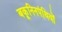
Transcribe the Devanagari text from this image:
बकूनिनपंथियों